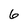
Character: 6